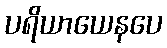
ပရိယာယေနပေ